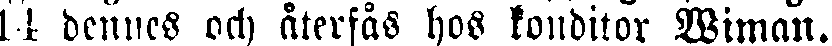
14 dennes och återfås hos konditor Wiman.